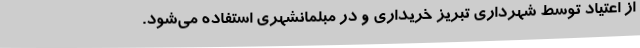
از اعتیاد توسط شهرداری تبریز خریداری و در مبلمانشهری استفاده می‌شود.